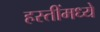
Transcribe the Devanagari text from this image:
हस्तींमध्ये